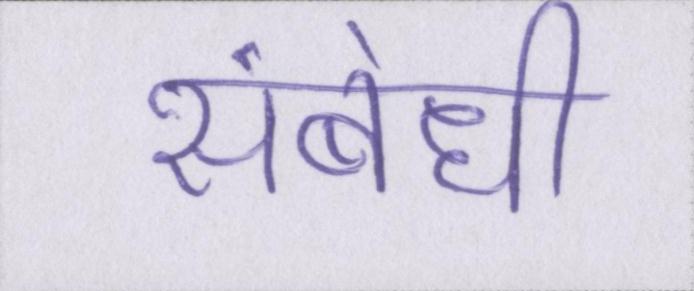
संबंधी